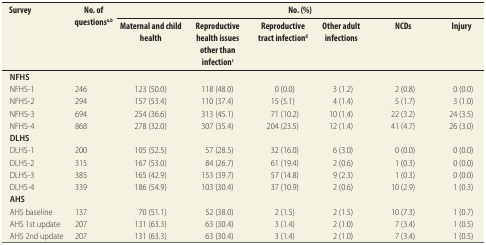
<table><thead><tr><td rowspan="2"><b>Survey</b></td><td rowspan="2"><b>No. of questions<sup>a,b</sup></b></td><td colspan="6"><b>No. (%)</b></td></tr><tr><td><b>Maternal and child health</b></td><td><b>Reproductive health issues other than infection<sup>c</sup></b></td><td><b>Reproductive tract infection<sup>d</sup></b></td><td><b>Other adult infections</b></td><td><b>NCDs</b></td><td><b>Injury</b></td></tr></thead><tbody><tr><td><b>NFHS</b></td><td></td><td></td><td></td><td></td><td></td><td></td><td></td></tr><tr><td>NFHS-1</td><td>246</td><td>123 (50.0)</td><td>118 (48.0)</td><td>0 (0.0)</td><td>3 (1.2)</td><td>2 (0.8)</td><td>0 (0.0)</td></tr><tr><td>NFHS-2</td><td>294</td><td>157 (53.4)</td><td>110 (37.4)</td><td>15 (5.1)</td><td>4 (1.4)</td><td>5 (1.7)</td><td>3 (1.0)</td></tr><tr><td>NFHS-3</td><td>694</td><td>254 (36.6)</td><td>313 (45.1)</td><td>71 (10.2)</td><td>10 (1.4)</td><td>22 (3.2)</td><td>24 (3.5)</td></tr><tr><td>NFHS-4</td><td>868</td><td>278 (32.0)</td><td>307 (35.4)</td><td>204 (23.5)</td><td>12 (1.4)</td><td>41 (4.7)</td><td>26 (3.0)</td></tr><tr><td><b>DLHS</b></td><td></td><td></td><td></td><td></td><td></td><td></td><td></td></tr><tr><td>DLHS-1</td><td>200</td><td>105 (52.5)</td><td>57 (28.5)</td><td>32 (16.0)</td><td>6 (3.0)</td><td>0 (0.0)</td><td>0 (0.0)</td></tr><tr><td>DLHS-2</td><td>315</td><td>167 (53.0)</td><td>84 (26.7)</td><td>61 (19.4)</td><td>2 (0.6)</td><td>1 (0.3)</td><td>0 (0.0)</td></tr><tr><td>DLHS-3</td><td>385</td><td>165 (42.9)</td><td>153 (39.7)</td><td>57 (14.8)</td><td>9 (2.3)</td><td>1 (0.3)</td><td>0 (0.0)</td></tr><tr><td>DLHS-4</td><td>339</td><td>186 (54.9)</td><td>103 (30.4)</td><td>37 (10.9)</td><td>2 (0.6)</td><td>10 (2.9)</td><td>1 (0.3)</td></tr><tr><td><b>AHS</b></td><td></td><td></td><td></td><td></td><td></td><td></td><td></td></tr><tr><td>AHS baseline</td><td>137</td><td>70 (51.1)</td><td>52 (38.0)</td><td>2 (1.5)</td><td>2 (1.5)</td><td>10 (7.3)</td><td>1 (0.7)</td></tr><tr><td>AHS 1st update</td><td>207</td><td>131 (63.3)</td><td>63 (30.4)</td><td>3 (1.4)</td><td>2 (1.0)</td><td>7 (3.4)</td><td>1 (0.5)</td></tr><tr><td>AHS 2nd update</td><td>207</td><td>131 (63.3)</td><td>63 (30.4)</td><td>3 (1.4)</td><td>2 (1.0)</td><td>7 (3.4)</td><td>1 (0.5)</td></tr></tbody></table>